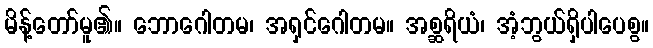
မိန့်တော်မူ၏။ ဘောဂေါတမ၊ အရှင်ဂေါတမ။ အစ္ဆရိယံ၊ အံ့ဘွယ်ရှိပါပေစွ။